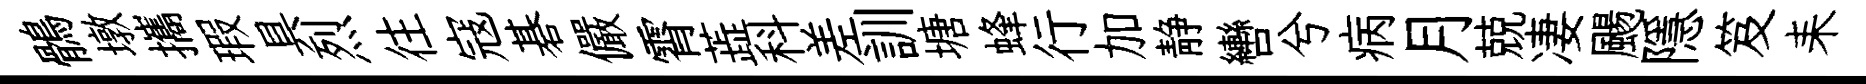
鶻墩攜瑕具烈往寇碁儼霄蕋科差訓塘蜂行加静轡兮病月兢凄颺隱笈耒